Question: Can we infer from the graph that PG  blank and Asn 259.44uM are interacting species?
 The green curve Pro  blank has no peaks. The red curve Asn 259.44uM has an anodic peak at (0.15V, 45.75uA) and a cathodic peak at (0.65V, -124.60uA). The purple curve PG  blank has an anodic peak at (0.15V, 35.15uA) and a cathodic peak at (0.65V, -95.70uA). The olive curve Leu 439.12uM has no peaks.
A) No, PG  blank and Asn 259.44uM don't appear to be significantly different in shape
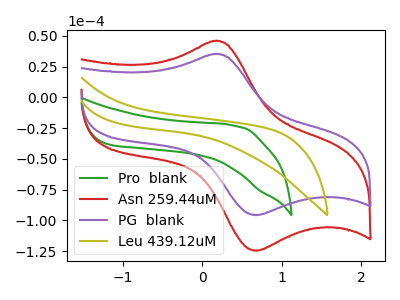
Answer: <think>All the peaks in "PG  blank" have a peak in "Asn 259.44uM" at the same potential. Every peak in "PG  blank" is lower than every peak in "Asn 259.44uM".
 </think>
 <answer>A) No, "PG  blank" and "Asn 259.44uM" don't appear to be significantly different in shape</answer>
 <eval>A</eval>